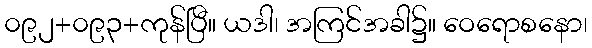
၀၉၂+၀၉၃+ကုန်ပြီ။ ယဒါ၊ အကြင်အခါ၌။ ဝေရောစနော၊